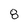
Character: 8